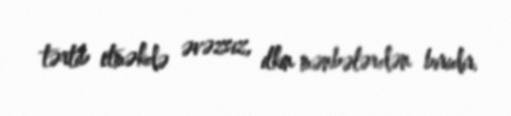
tərtib etməkdə əvəzsiz, ilkin mənbələrdən biridir.